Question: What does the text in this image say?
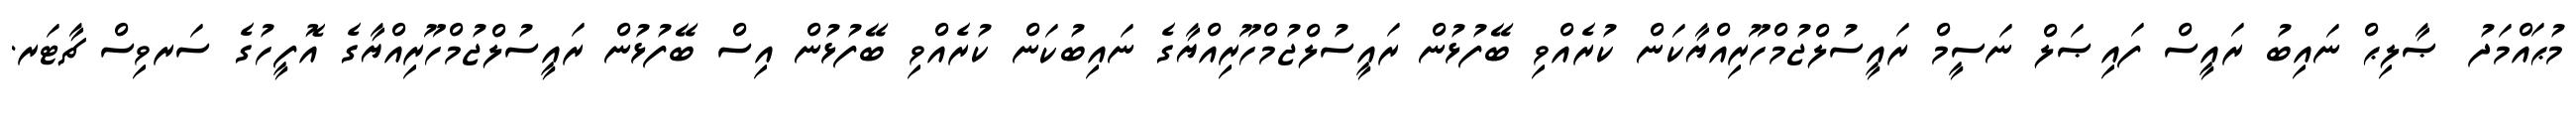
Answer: މުޙައްމަދު ޞާލިޙް ނައިބު ރައީސް ފައިޞަލް ނަސީމް ރައީސުލްޖުމްހޫރިއްޔާކަން ކުރެއްވި ބޭފުޅުން ރައީސުލްޖުމްހޫރިއްޔާގެ ނައިބުކަން ކުރެއްވި ބޭފުޅުން އިސް ބޭފުޅުން ރައީސުލްޖުމްހޫރިއްޔާގެ އޮފީހުގެ ސަރވިސް ޗާޓަރ.